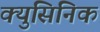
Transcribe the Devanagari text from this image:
क्युसिनिक